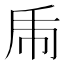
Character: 𢁺